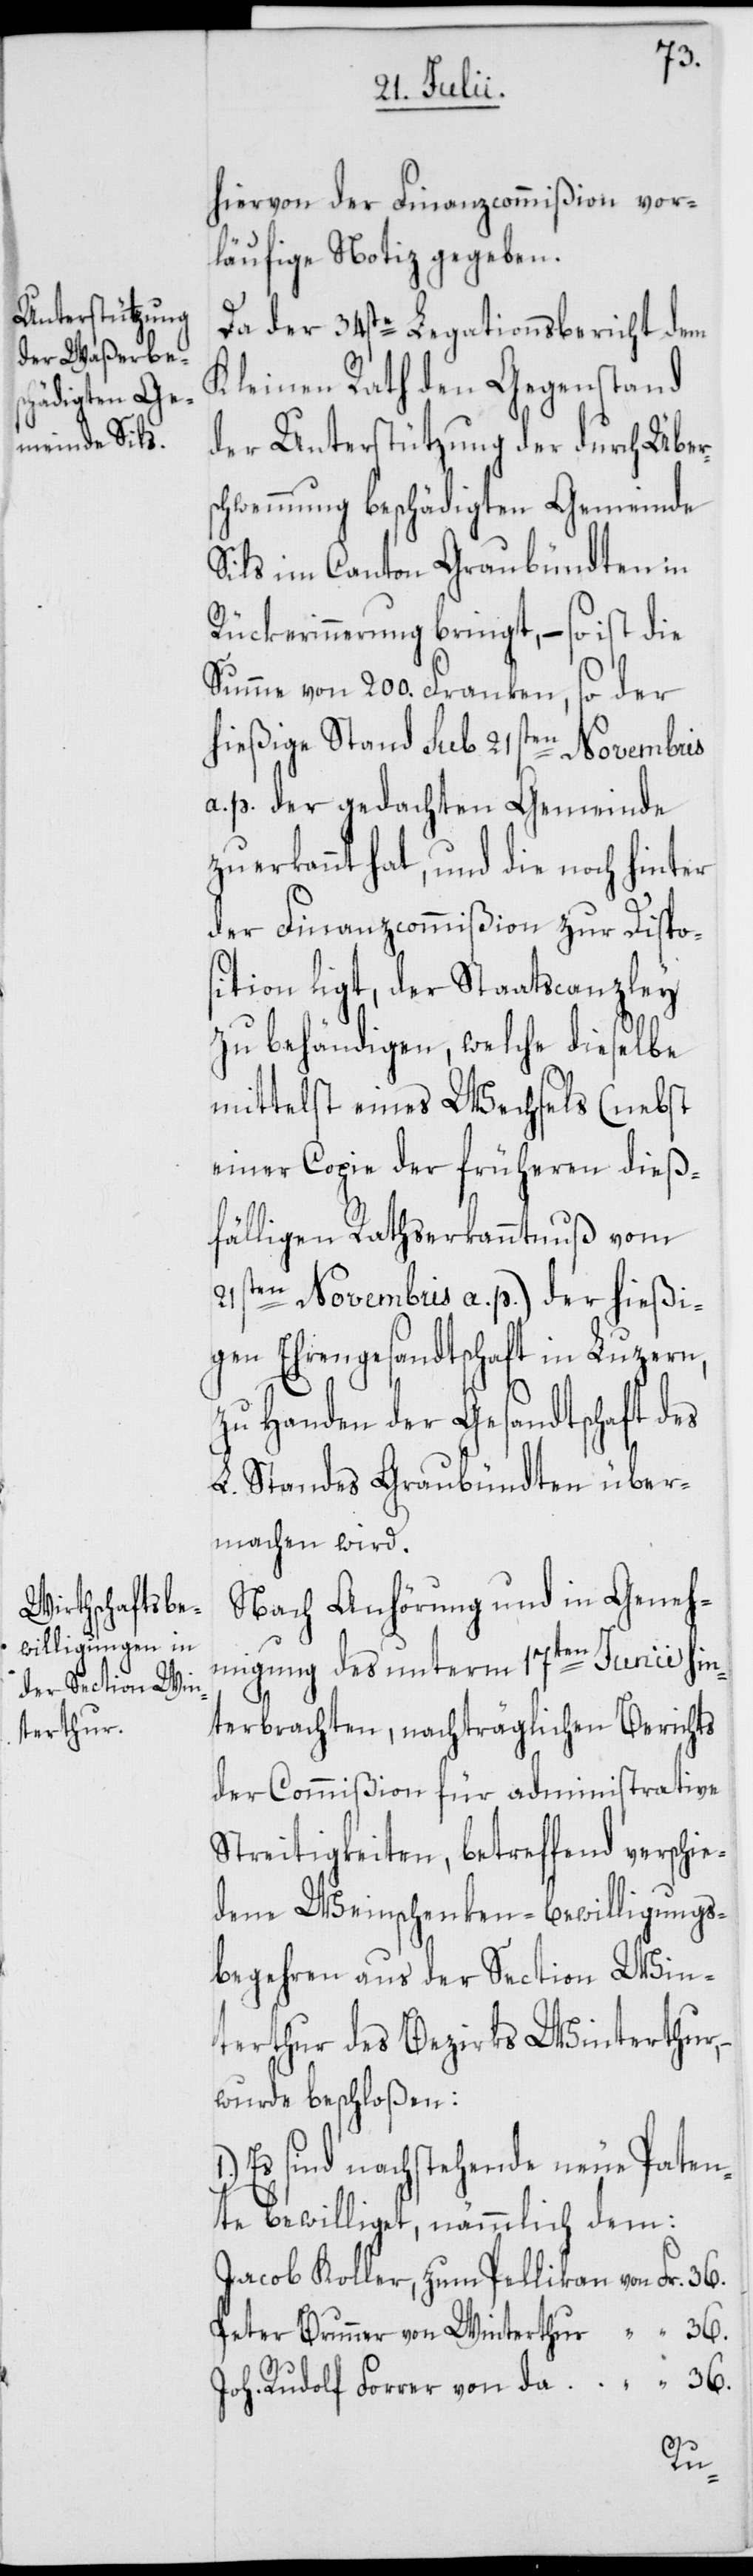
hiervon der Finanzcommißion vor¬
läufige Notiz gegeben.
Da der 34ste Legationsbericht dem
Kleinen Rath den Gegenstand
der Unterstützung der durch Über¬
schwemmung geschädigten Gemeinde
Sils im Canton Graubündten in
Rückerinnerung bringt, – so ist die
Summe von 200. Franken, so der
hießige Stand sub 21sten Novembris
a. p. der gedachten Gemeinde
zuerkannt hat, und die noch hinter
der Finanzcommißion zur Dispo¬
sition ligt, der Staatscanzley
zu behändigen, welche dieselbe
mittelst eines Wechsels (nebst
einer Copie der früheren dieß¬
fälligen Rathserkanntnuß vom
21sten Novembris a. p.) der hießi¬
gen Ehrengesandtschaft in Luzern,
zu Handen der Gesandtschaft des
L. Standes Graubündten über¬
machen wird.
Nach Anhörung und in Geneh¬
migung des unterm 17ten Junii hin¬
terbrachten, nachträglichen Berichts
der Commißion für administrative
Streitigkeiten, betreffend verschie¬
dene Weinschenken-Bewilligungs¬
begehren aus der Section Win¬
terthur des Bezirks Winterthur,
wurde beschloßen:
Es sind nachstehende neue Paten¬
te bewilliget, nämmlich dem:
Jacob Koller, zum Pellikan von Fr.
Peter Brunner von Winterthur “ “ 36.
Joh. Rudolf Forrer von da “ “ 36.